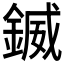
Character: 𨩆